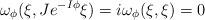
LaTeX: \begin{align*}\omega_{\phi}(\xi,Je^{-I\phi}\xi)=i\omega_{\phi}(\xi,\xi)=0\end{align*}